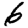
Digit: 6